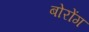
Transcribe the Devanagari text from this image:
बोरोंग